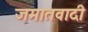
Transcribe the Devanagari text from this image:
जमातवादी